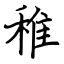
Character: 稚